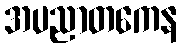
အပညာတကေန